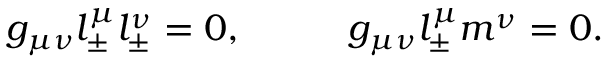
g _ { \mu \nu } l _ { \pm } ^ { \mu } l _ { \pm } ^ { \nu } = 0 , \; \; \; \; \; \; \; \; \; \; g _ { \mu \nu } l _ { \pm } ^ { \mu } m ^ { \nu } = 0 .